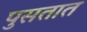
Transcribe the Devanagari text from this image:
पुसतात